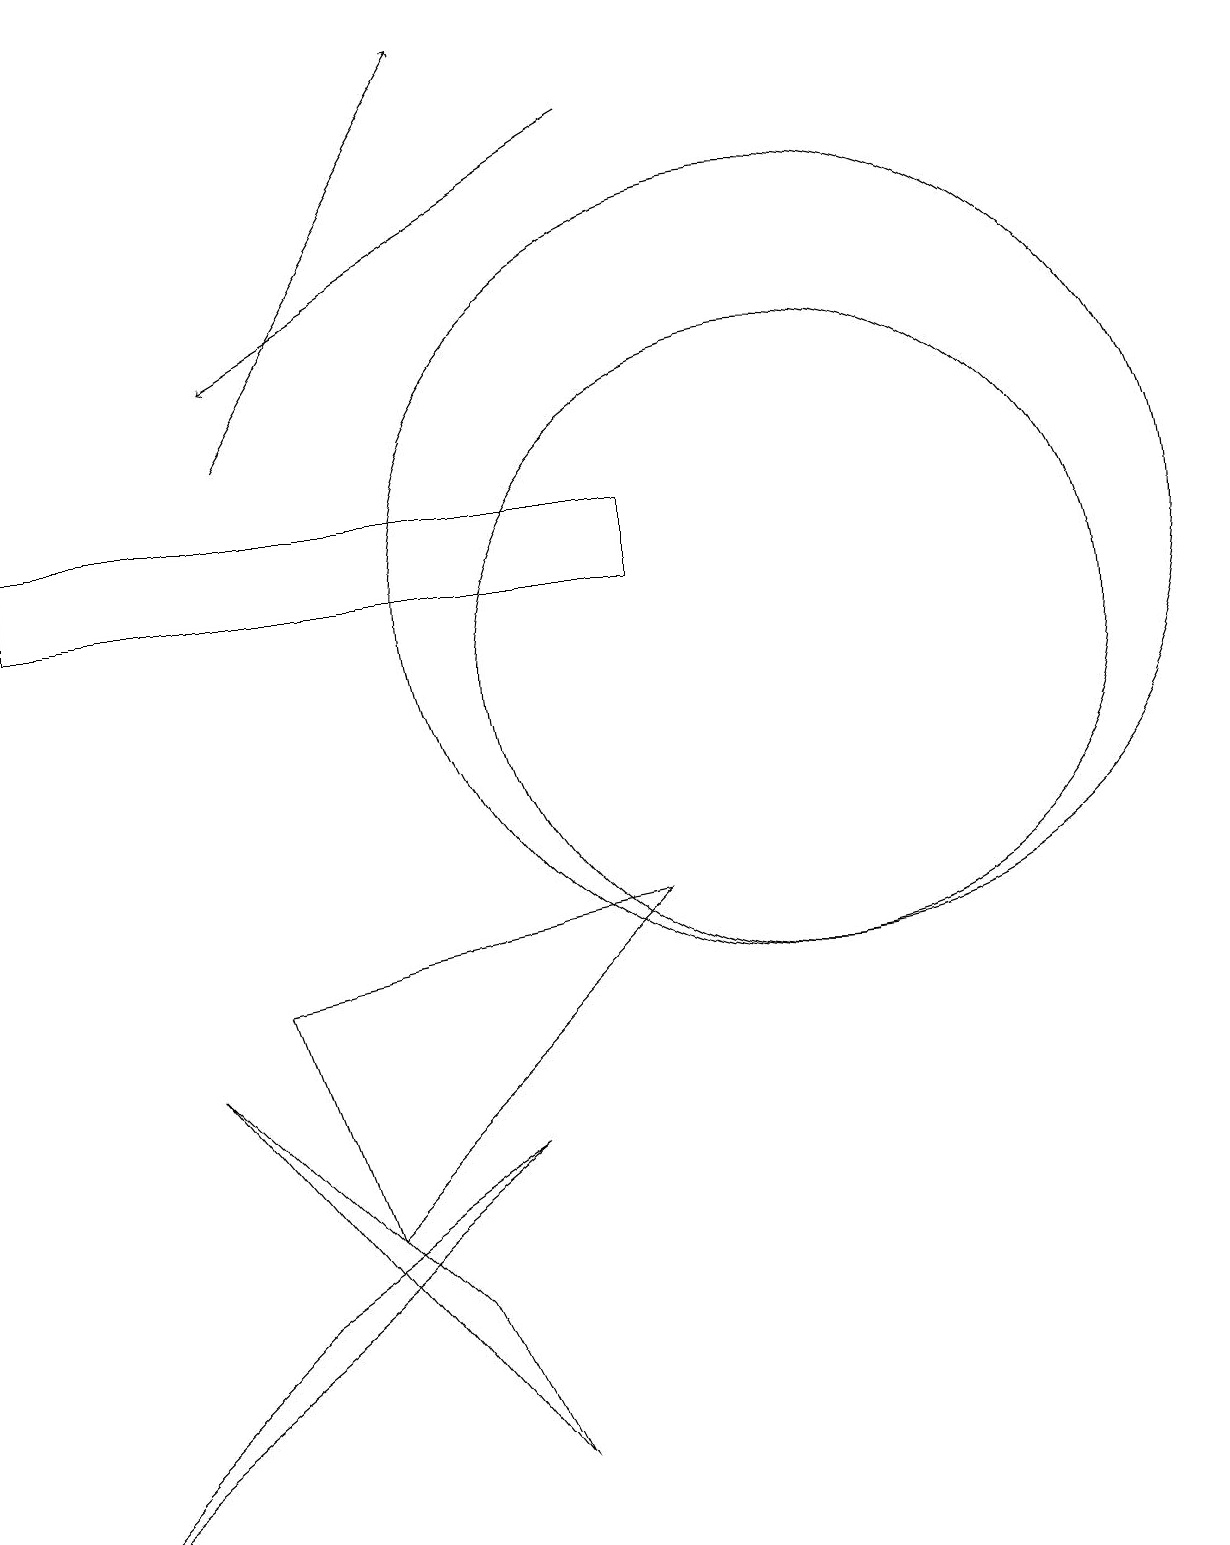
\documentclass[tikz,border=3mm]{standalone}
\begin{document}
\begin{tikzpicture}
\draw (10,12) circle (5);
\draw (3,3) -- (0,0) -- (6,5) -- cycle;
\draw (8,8) -- (3,7) -- (4,4) -- cycle;
\draw[->] (3,14) -- (6,19);
\draw[->] (8,18) -- (3,15);
\draw (5,3) -- (6,1) -- (2,6) -- cycle;
\draw (8,12) rectangle (0,13);
\draw (10,11) circle (4);
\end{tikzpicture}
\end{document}